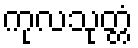
ကုလသုတ္တံ